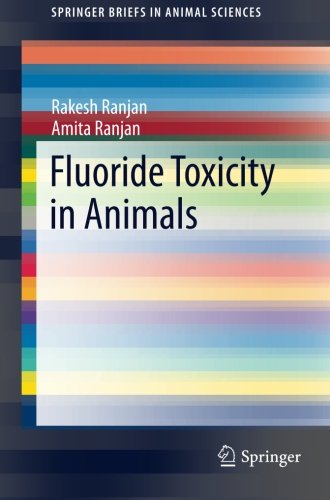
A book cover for Fluoride Toxicity in Animals (SpringerBriefs in Animal Sciences); Rakesh Ranjan; Medical Books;